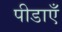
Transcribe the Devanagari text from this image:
पीडाएँ